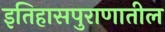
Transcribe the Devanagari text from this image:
इतिहासपुराणातील